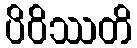
ပိဝိဿတိ